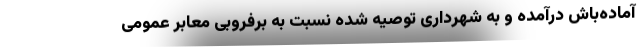
آماده‌باش درآمده و به شهرداری توصیه شده نسبت به برفروبی معابر عمومی